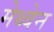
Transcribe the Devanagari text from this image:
मेथ्वेन